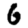
Digit: 6